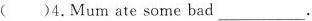
( )4.Mum ate some bad___.